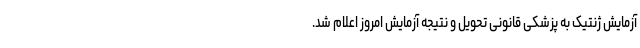
آزمایش ژنتیک به پزشکی قانونی تحویل و نتیجه آزمایش امروز اعلام شد.